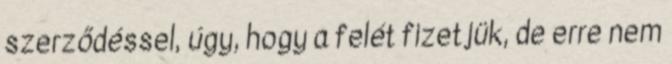
szerződéssel, úgy, hogy a felét fizetjük, de erre nem